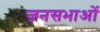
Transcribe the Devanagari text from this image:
जनसभाआें